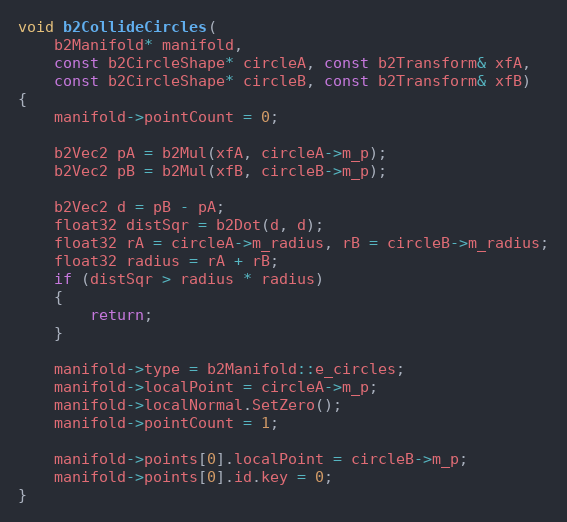
Language: C++
void b2CollideCircles(
	b2Manifold* manifold,
	const b2CircleShape* circleA, const b2Transform& xfA,
	const b2CircleShape* circleB, const b2Transform& xfB)
{
	manifold->pointCount = 0;

	b2Vec2 pA = b2Mul(xfA, circleA->m_p);
	b2Vec2 pB = b2Mul(xfB, circleB->m_p);

	b2Vec2 d = pB - pA;
	float32 distSqr = b2Dot(d, d);
	float32 rA = circleA->m_radius, rB = circleB->m_radius;
	float32 radius = rA + rB;
	if (distSqr > radius * radius)
	{
		return;
	}

	manifold->type = b2Manifold::e_circles;
	manifold->localPoint = circleA->m_p;
	manifold->localNormal.SetZero();
	manifold->pointCount = 1;

	manifold->points[0].localPoint = circleB->m_p;
	manifold->points[0].id.key = 0;
}